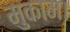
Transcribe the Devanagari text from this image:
मुकाम।